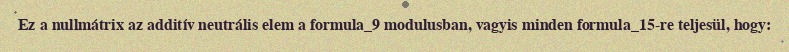
Ez a nullmátrix az additív neutrális elem a formula_9 modulusban, vagyis minden formula_15-re teljesül, hogy: